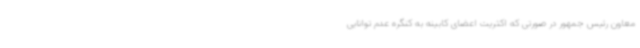
معاون رئیس جمهور در صورتی که اکثریت اعضای کابینه به کنگره عدم توانایی